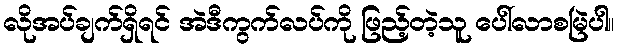
လိုအပ်ချက်ရှိရင် အဲဒီကွက်လပ်ကို ဖြည့်တဲ့သူ ပေါ်လာစမြဲပါ။